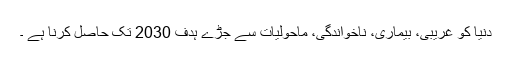
دنیا کو غریبی، بیماری، ناخواندگی، ماحولیات سے جڑے ہدف 2030 تک حاصل کرنا ہے ۔